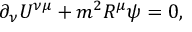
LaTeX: \partial _ { \nu } U ^ { \nu \mu } + m ^ { 2 } R ^ { \mu } \psi = 0 ,